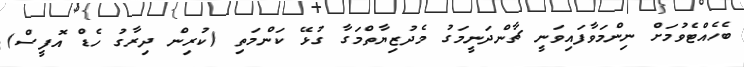
ބެހެއްޓެވުމަށް ނިންމަވާފައިވަނީ ޗާންދަނީމަގު މެދުޒިޔާތްމަގާ ގުޅޭ ކަންމަތި (ކުރިން ދިރާގު ހެޑް އޮފީސް)